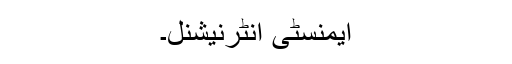
ایمنسٹی انٹرنیشنل۔